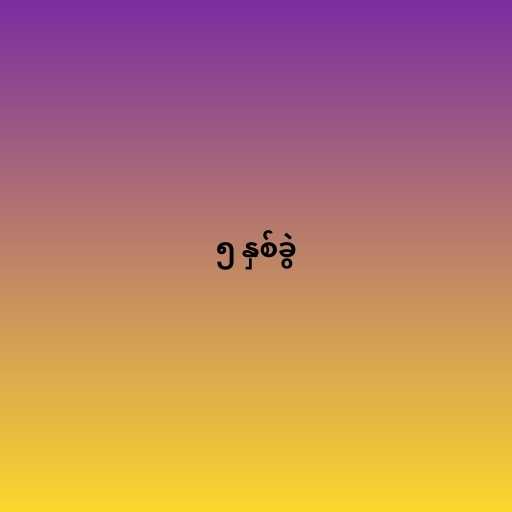
၅ နှစ်ခွဲ